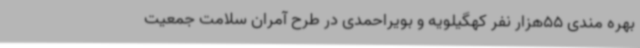
بهره مندی 55هزار نفر کهگیلویه و بویراحمدی در طرح آمران سلامت جمعیت